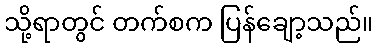
သို့ရာတွင် တက်စက ပြန်ချော့သည်။